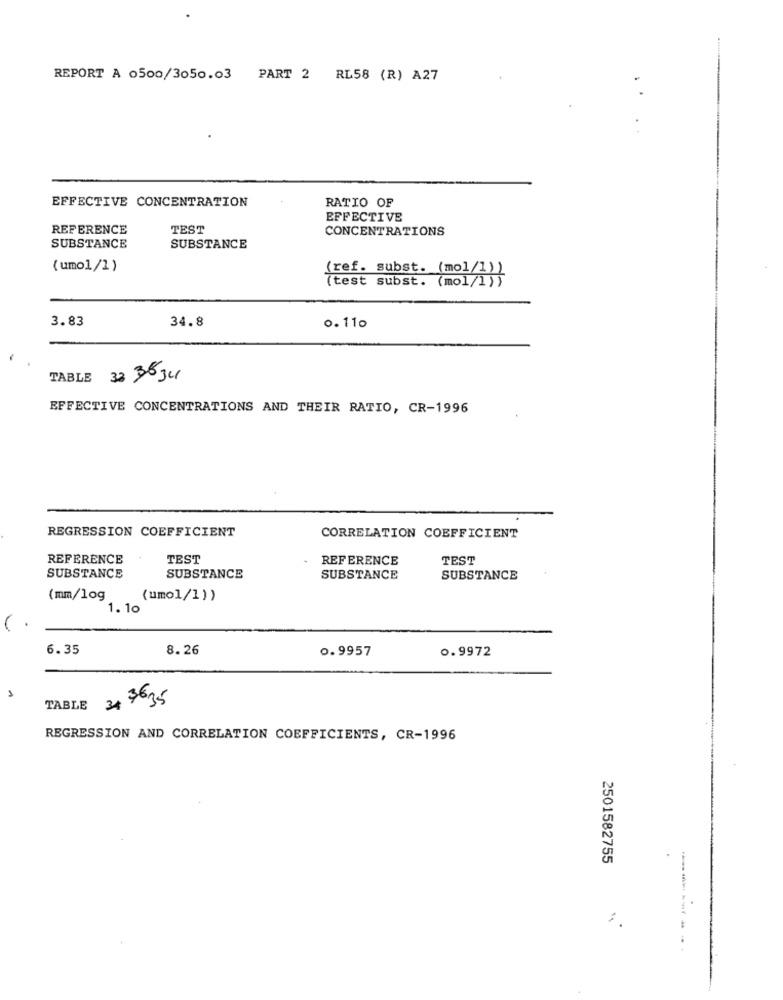
REPORT A 0500/3050.03 PART 2 RL58 (R) A27
EFFECTIVE CONCENTRATION
RATIO OF
EFFECTIVE
REFERENCE
TEST
CONCENTRATIONS
SUBSTANCE
SUBSTANCE
(umo1/1)
(ref. subst. (mo1/1))
(test subst. (mol/l))
3.83
34.8
0.110
TABLE
3.2 35Jul
EFFECTIVE CONCENTRATIONS AND THEIR RATIO, CR-1996
REGRESSION COEFFICIENT
CORRELATION COEFFICIENT
REFERENCE
TEST
REFERENCE
TEST
SUBSTANCE
SUBSTANCE
SUBSTANCE
SUBSTANCE
(mm/log
(umol/1) )
1.10
6.35
8.26
0.9957
0.9972
1
TABLE 34 3635
REGRESSION AND CORRELATION COEFFICIENTS, CR-1996
2501582755
--------